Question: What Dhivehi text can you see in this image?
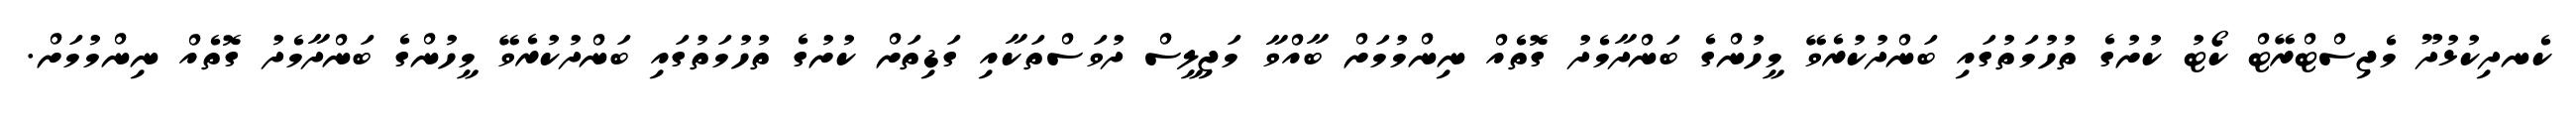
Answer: ކެނދިކުޅުދޫ މެޖިސްޓްރޭޓް ކޯޓު ކުށުގެ ތުހުމަތުގައި ބަންދުކުރެވޭ މީހުންގެ ބަންދާމެދު ގޮތެއް ނިންމުމަށް ބާއްވާ މަޖިލީސް ދުވަސްތަކާއި ގަޑިތަށް ކުށުގެ ތުހުމަތުގައި ބަންދުކުރެވޭ މީހުންގެ ބަންދާމެދު ގޮތެއް ނިންމުމަށް.